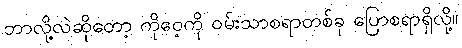
ဘာလို့လဲဆိုတော့ ကိုဝေ့ကို ဝမ်းသာစရာတစ်ခု ပြောစရာရှိလို့။